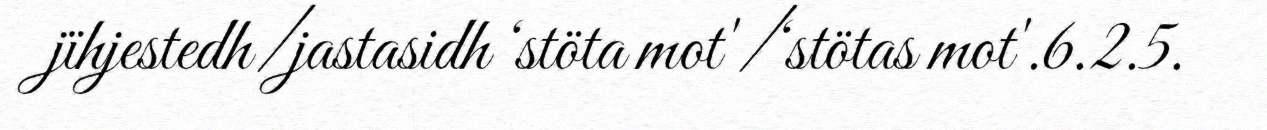
jïhjestedh/jastasidh ‘stöta mot'/‘stötas mot'.6.2.5.